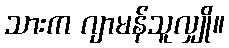
သားက ဂျာမန်သူလျှို။